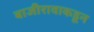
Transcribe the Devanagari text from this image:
बाजीरावाकडून